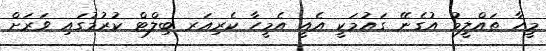
މީހާ ތައްލީމު އުގެނޭ ގައުމަކީ އެއީ އެމީހާ ކެރިއަރ ބިލްޓް ކުރުމުގައި ވަރަށް